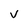
Character: V